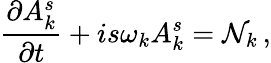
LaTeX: {\frac{\partial A_{k}^{s}}{\partial t}}+is\omega_{k}A_{k}^{s}={\cal N}_{k}\, ,